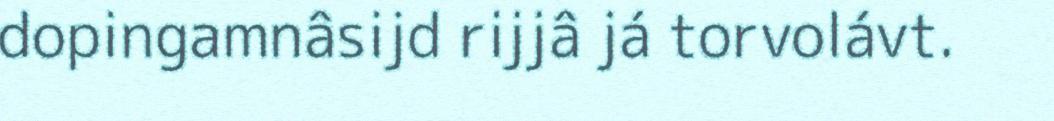
dopingamnâsijd rijjâ já torvolávt.